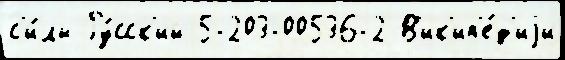
с'и́лы Ру́сск'ий 5-203-00536-2 В'ик'ип'е́д'иjи